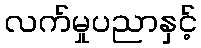
လက်မှုပညာနှင့်